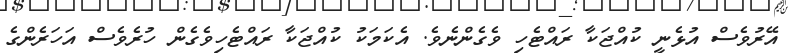
އޭރުވެސް އުޅެނީ ކުއްޖަކާ ރައްޓެހި ވެގެންނެވެ. އެކަމަކު ކުއްޖަކާ ރައްޓެހިވެގެން ހުރެވެސް އަހަރެންގެ